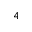
4